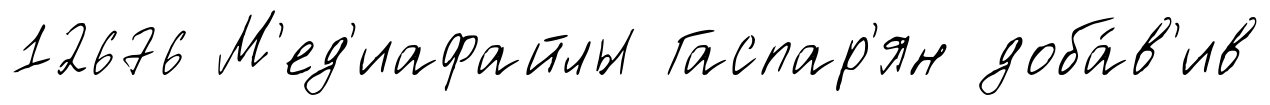
12676 М'ед'иафайлы Гаспар'ян доба́в'ив